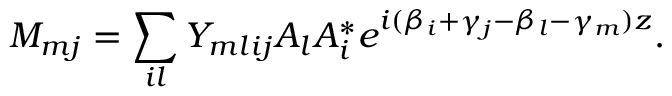
M _ { m j } = \sum _ { i l } Y _ { m l i j } A _ { l } A _ { i } ^ { * } e ^ { i ( \beta _ { i } + \gamma _ { j } - \beta _ { l } - \gamma _ { m } ) z } .